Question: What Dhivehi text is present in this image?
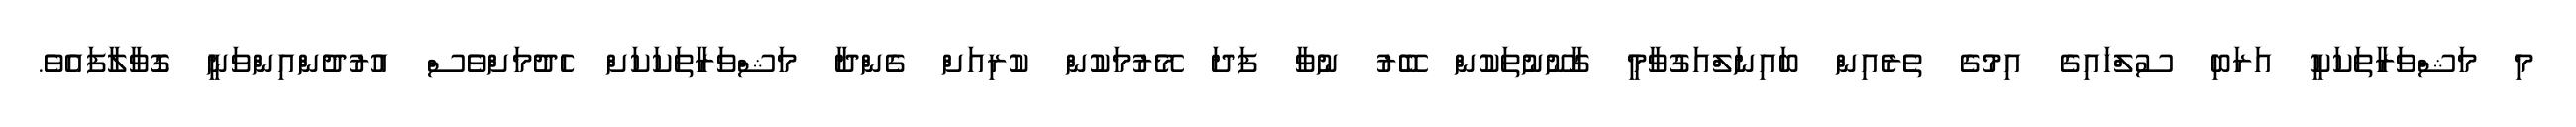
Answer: މި މަޝްވަރާތަކަކީ އަރަބި ސުލްހައިގެ އިމުގެ ތެރެއިން ބައިނަލްއަގުވާމީ ގާނޫނުތަކުން ބޭރު ނުވާ ފަދަ މޭރުމަކުން ކުރިއަށް ގެންދާ މަޝްވަރާތަކަކަށް ހެދުމަށްވެސް އުރުދުންއިންވަނީ ގޮވާލާފައެވެ.